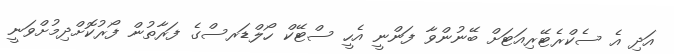
އަދި އެ ސެކްރެޓޭރިއަޓަށް ބޭނުންވާ ފަންނީ އެހީ ސްޓޭކް ހޯލްޑަރސްގެ ފަރާތުން ފޯރުކޮށްދިމުށްވަނީ